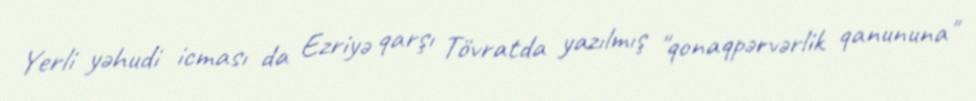
Yerli yəhudi icması da Ezriyə qarşı Tövratda yazılmış "qonaqpərvərlik qanununa"